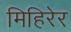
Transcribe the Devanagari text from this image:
मिहिरेर